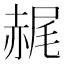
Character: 䞔